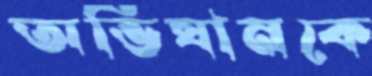
অভিযানকে